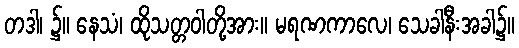
တဒါ၊ ၌။ နေသံ၊ ထိုသတ္တဝါတို့အား။ မရဏကာလေ၊ သေခါနီးအခါ၌။